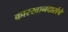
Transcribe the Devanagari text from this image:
कारखानदारांचे